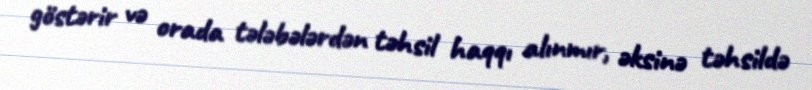
göstərir və orada tələbələrdən təhsil haqqı alınmır, əksinə təhsildə